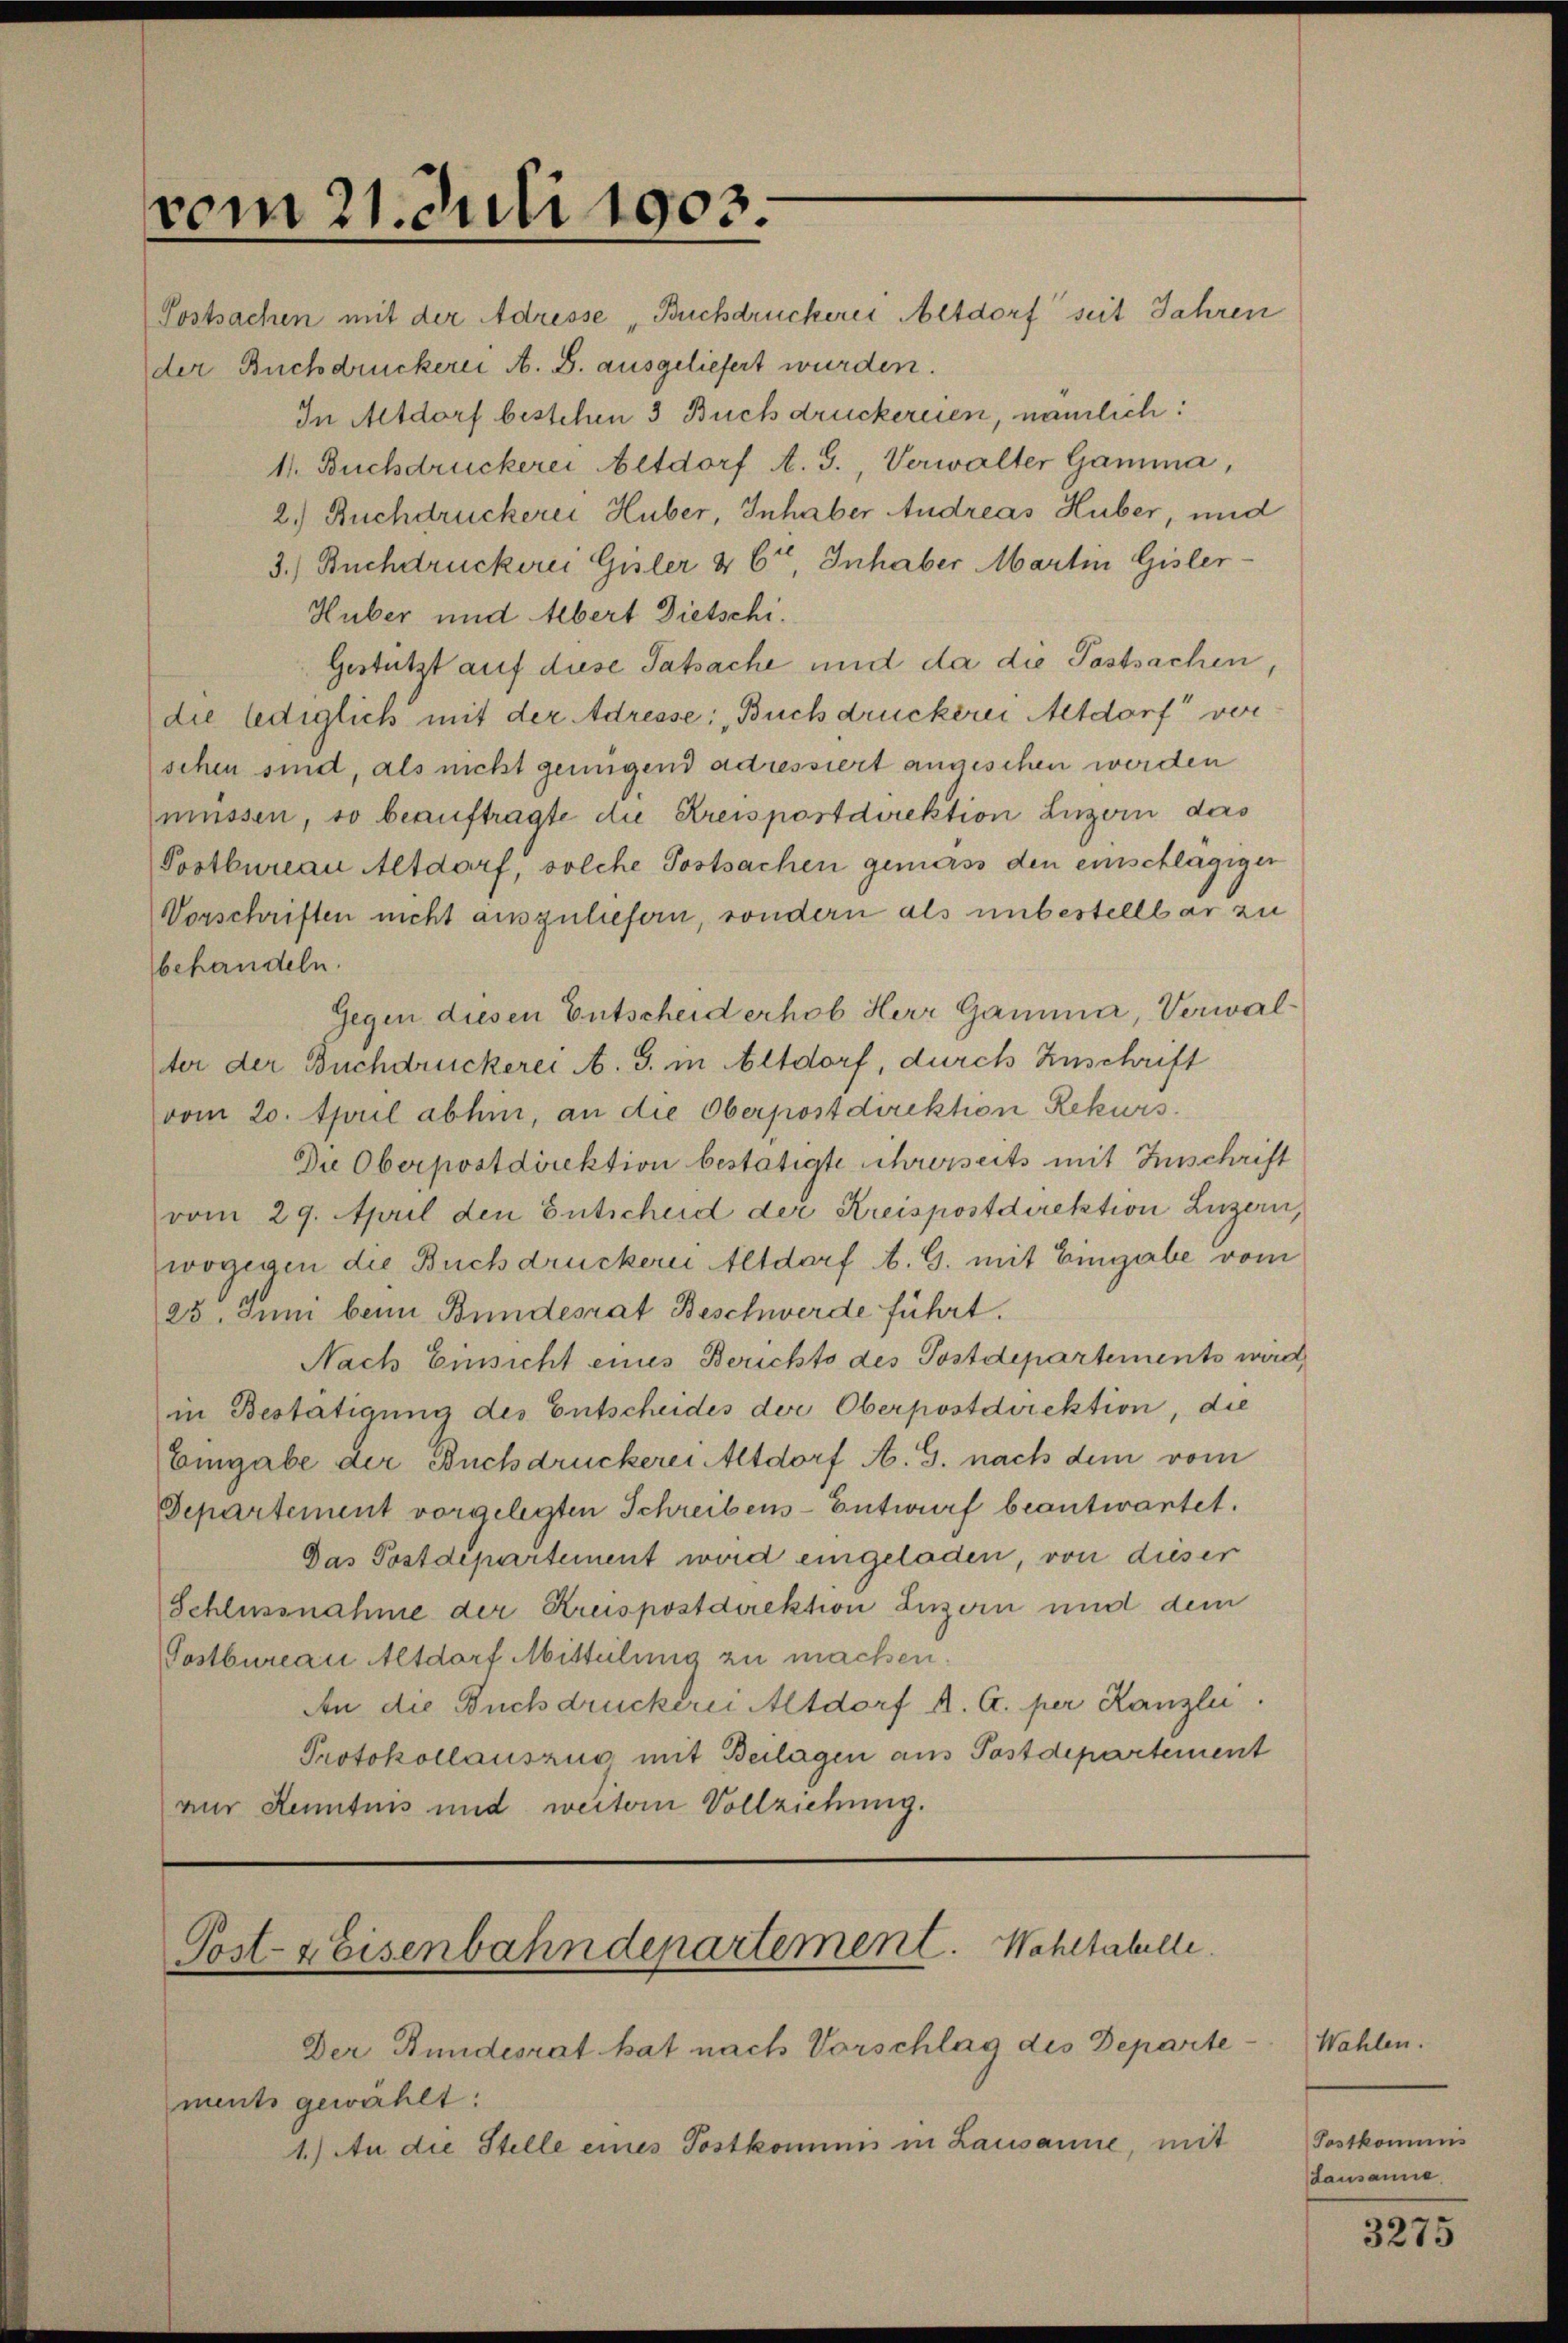
vom 21. Juli 1903.

Sostsachen mit der Adresse „Buchdruckerei Altdorf seit Jahren
der Buchdruckerei A. S. ausgeliefert wurden.
In Altdorf bestehen 3 Buchdruckereien, nämlich:
1. Buchdruckerei Altdorf A. G., Verwalter Gamma,
2.) Buchdruckerei Huber, Inhaber Andreas Huber, und
3.) Buchdruckere Gisler & 6ten Inhaber Martin Gisler
Huber und Albert Dietschi.
Gestützt auf diese Tatsache und da die Postsachen,
die lediglich mit der Adresse: „Buchdruckerei Altdorf ver
schen sind, als nicht genügend adressiert angeschen werden
müssen, so beauftragte die Kreispostdirektion Luzern das
Postbureau Altdorf, solche Postsachen gemäss den einschlägiger
Vorschriften nicht auszuliefern, sondern als unbestellbar zu
behandeln.
Gegen diesen Entscheid erhob Herr Gamma, Verwalter der Buchdruckerei A. G. in Altdorf, durch Zuschrift
vom 20. April abhin, an die Oberpostdirektion Rekurs
Du Oberpostdirektion bestätigte ihrerseits mit Zuschrift
vom 29. April den Entscheid der Kreispostdirektion Luzern,
wogegen die Buchdruckerei Altdorf A. G. mit Eingabe vom
25. Juni beim Bundesrat Beschwerde führt.
Nach Einsicht eines Berichts des Postdepartements wird,
in Bestätigung des Entscheides der Oberpostdirektion, die
Eingabe der Buchdruckerei Altdorf A. G. nach dem vom
Departement vorgelegten Schreibens-Entwurf beantwortet.
Das Postdepartement wird eingeladen, von dieser
Schlussnahme der Kreispostdirektion Luzern und dem
Postbureau Altdorf Mitteilung zu machen.
An die Buchdruckerei Altdorf A. G. per Kanzlei.
Protokollauszug mit Beilagen aus Postdepartement
vur Kenntnis und weitern Vollziehung.

Post- & Eisenbahndepartement. Wohltabelle.

Der Stundesrat hat nach Vorschlag des Departements gewählt:
1.) An die Stelle eines Postkommis in Lausanne, mit

Wahlen.
Postkommis
Lausanne.

3275